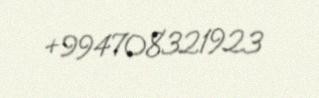
+994708321923